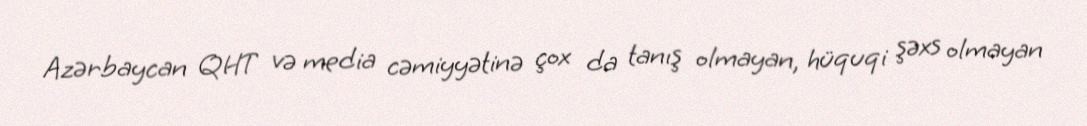
Azərbaycan QHT və media cəmiyyətinə çox da tanış olmayan, hüquqi şəxs olmayan